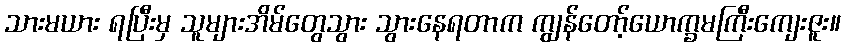
သားမယား ရပြီးမှ သူများအိမ်တွေသွား သွားနေရတာက ကျွန်တော့်ယောက္ခမကြီးကျေးဇူး။